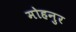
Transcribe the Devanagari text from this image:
मोहनुर